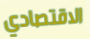
الاقتصادي